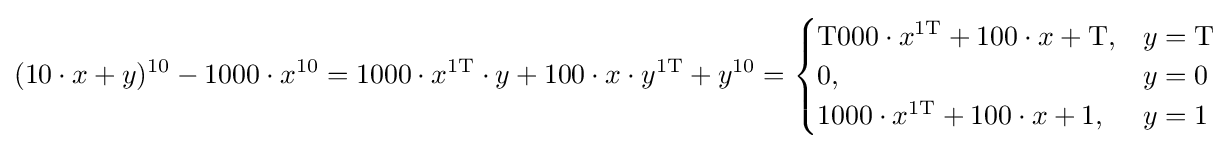
(10\cdot x+y)^{10}-1000\cdot x^{10}=1000\cdot x^{\mathrm {1T} }\cdot y+100\cdot x\cdot y^{\mathrm {1T} }+y^{10}={\begin{cases}\mathrm {T000} \cdot x^{\mathrm {1T} }+100\cdot x+\mathrm {T} ,&y=\mathrm {T} \\0,&y=0\\1000\cdot x^{\mathrm {1T} }+100\cdot x+1,&y=1\end{cases}}